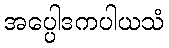
အပ္ပေါဒကပါယသံ